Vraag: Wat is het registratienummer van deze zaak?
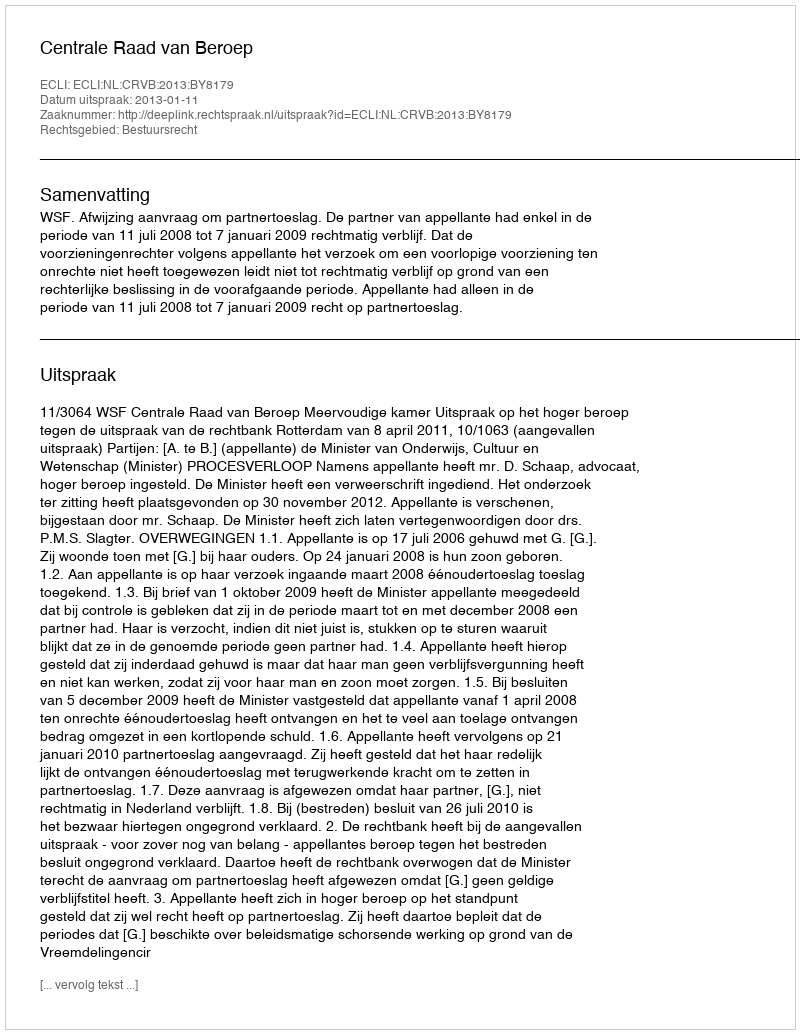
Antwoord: http://deeplink.rechtspraak.nl/uitspraak?id=ECLI:NL:CRVB:2013:BY8179